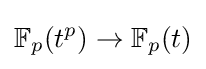
\mathbb {F} _{p}(t^{p})\to \mathbb {F} _{p}(t)